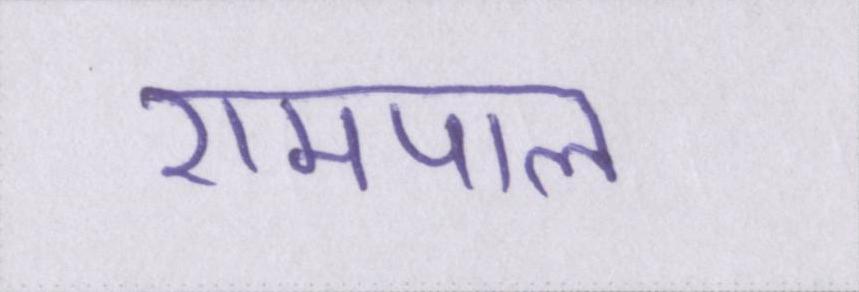
रामपाल